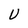
Character: U